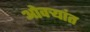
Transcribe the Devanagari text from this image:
ओवर्‍यांत